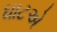
ઘાટએ